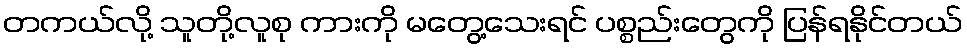
တကယ်လို့ သူတို့လူစု ကားကို မတွေ့သေးရင် ပစ္စည်းတွေကို ပြန်ရနိုင်တယ်